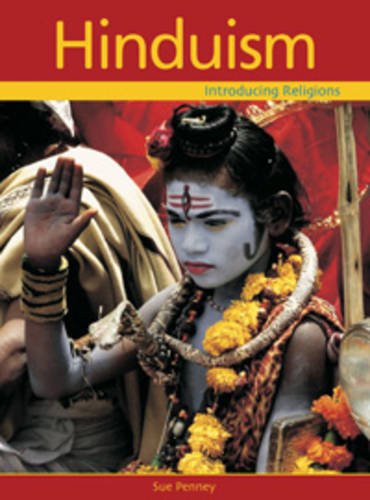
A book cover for Hinduism (Introducing Religions); Sue Penney; Children's Books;